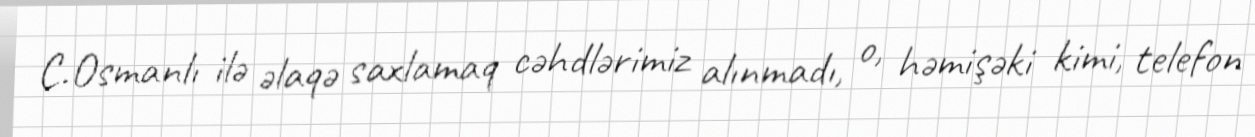
C.Osmanlı ilə əlaqə saxlamaq cəhdlərimiz alınmadı, o, həmişəki kimi, telefon